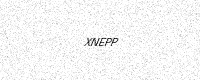
Text: XNEPP